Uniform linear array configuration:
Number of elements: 4
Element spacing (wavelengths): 0.25
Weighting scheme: kaiser
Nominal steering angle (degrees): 15
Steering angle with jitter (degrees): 16.708
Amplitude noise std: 0.05
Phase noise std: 0.05

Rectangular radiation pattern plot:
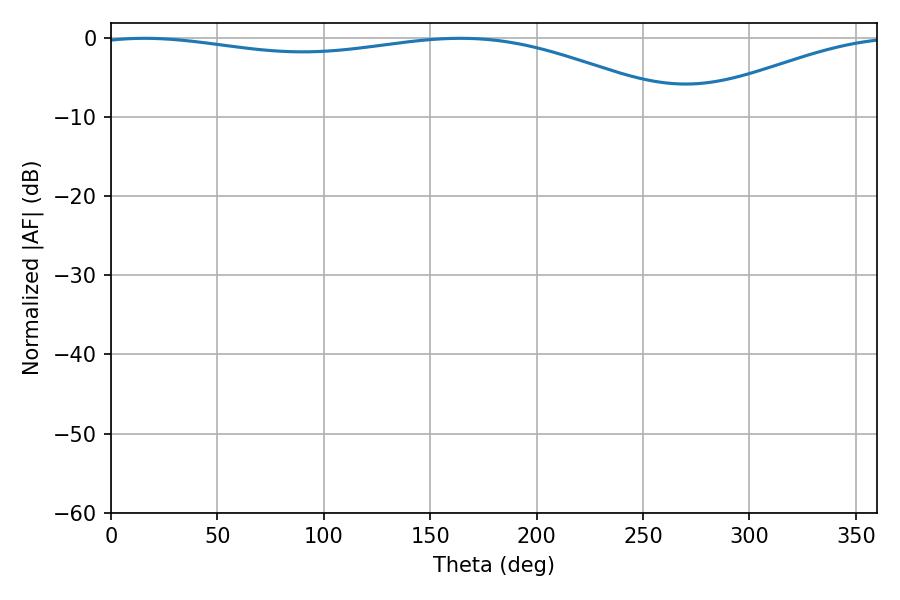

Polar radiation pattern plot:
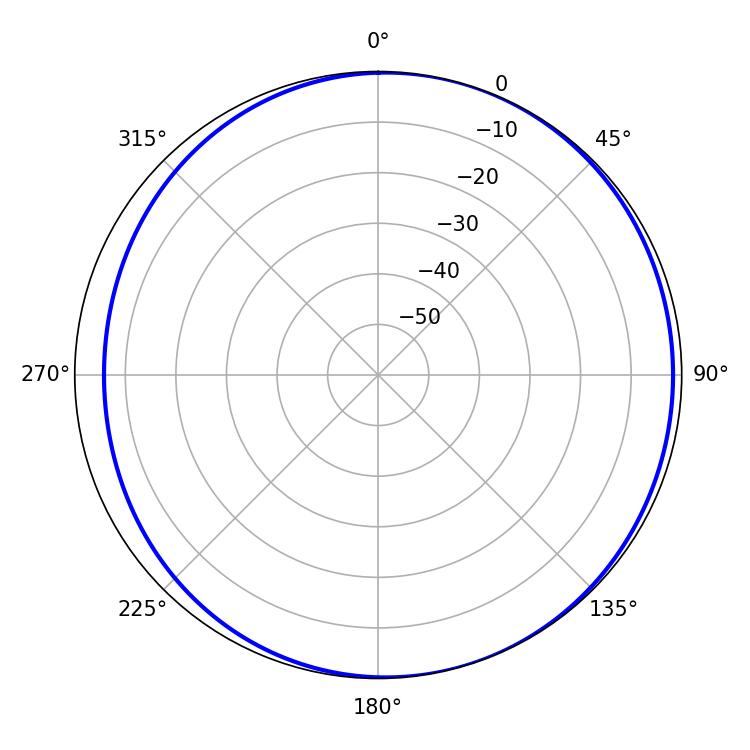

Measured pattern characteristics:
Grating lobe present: FALSE
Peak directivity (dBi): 4.219
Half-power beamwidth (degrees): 222.84
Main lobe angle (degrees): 15.66